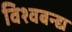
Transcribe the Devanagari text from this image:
विश्वबन्द्य